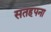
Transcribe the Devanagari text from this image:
सतहपना